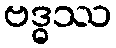
ဗဒ္ဓဿ